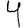
Digit: 4